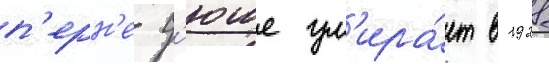
п'ерн'е-д'юше ум'ира́ет в 1928